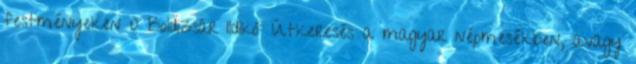
festményeken 0 Boldizsár Ildikó: Útkeresés a magyar népmesékben, avagy